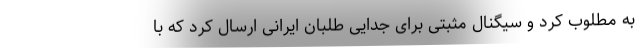
به مطلوب کرد و سیگنال مثبتی برای جدایی طلبان ایرانی ارسال کرد که با